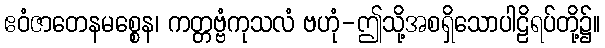
ဧဝံဇာတေနမစ္စေန၊ ကတ္တဗ္ဗံကုသလံ ဗဟုံ-ဤသို့အစရှိသောပါဠိရပ်တို့၌။